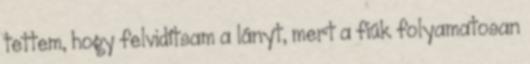
tettem, hogy felvidítsam a lányt, mert a fiúk folyamatosan